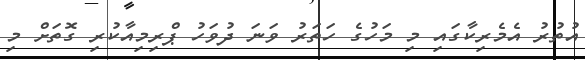
އުތުރު އެމެރިކާގައި މި މަހުގެ ހަތަރު ވަނަ ދުވަހު ޕްރިމިއާކުރި ގޮތަށް މި